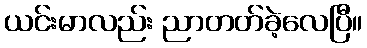
ယင်းမာလည်း ညာတတ်ခဲ့လေပြီ။